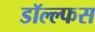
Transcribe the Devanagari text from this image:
डॉल्ल्फस